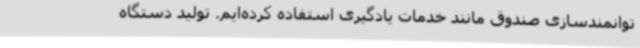
توانمندسازی صندوق مانند خدمات یادگیری استفاده کرده‌ایم. تولید دستگاه